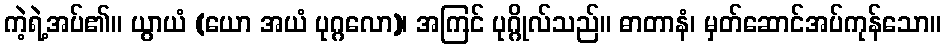
ကဲ့ရဲ့အပ်၏။ ယွာယံ (ယော အယံ ပုဂ္ဂလော)၊ အကြင် ပုဂ္ဂိုလ်သည်။ ဓာတာနံ၊ မှတ်ဆောင်အပ်ကုန်သော။